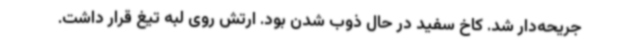
جریحه‌دار شد. کاخ سفید در حال ذوب شدن بود. ارتش روی لبه تیغ قرار داشت.